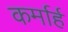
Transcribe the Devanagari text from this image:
कर्मार्ह